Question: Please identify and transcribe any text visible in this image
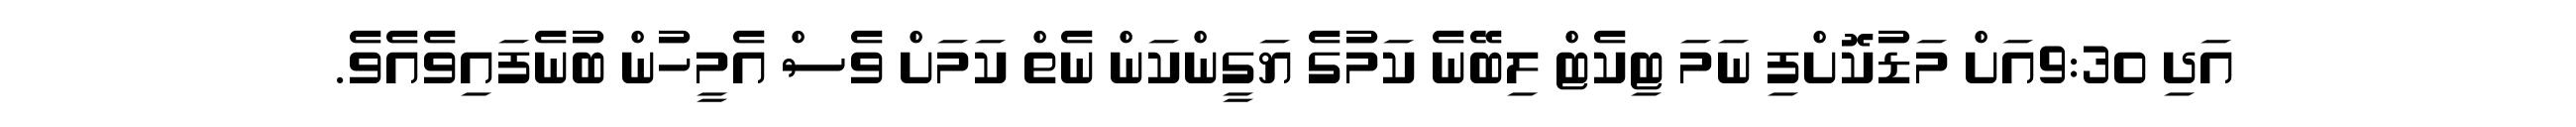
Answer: އަދި 9:30އަށް މަޑުކޮށްފި ނަމަ ޓިކެޓް ލިބޭނެ ކަމުގެ ޔަގީންކަން ނެތް ކަމަށް ވެސް އެމީހުން ބުނެފައިވެއެވެ.